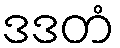
ဒဒတံ